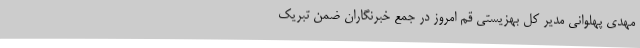
مهدی پهلوانی مدیر کل بهزیستی قم امروز در جمع خبرنگاران ضمن تبریک